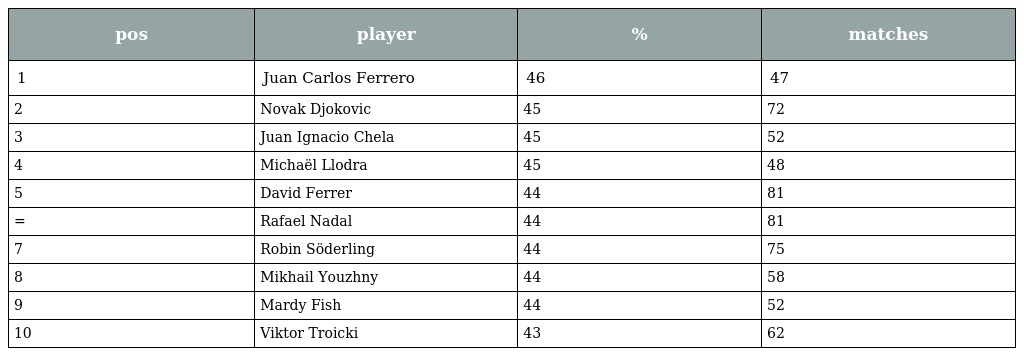
| pos | player | % | matches |
 | --- | --- | --- | --- |
 | 1 | Juan Carlos Ferrero | 46 | 47 |
 | 2 | Novak Djokovic | 45 | 72 |
 | 3 | Juan Ignacio Chela | 45 | 52 |
 | 4 | Michaël Llodra | 45 | 48 |
 | 5 | David Ferrer | 44 | 81 |
 | = | Rafael Nadal | 44 | 81 |
 | 7 | Robin Söderling | 44 | 75 |
 | 8 | Mikhail Youzhny | 44 | 58 |
 | 9 | Mardy Fish | 44 | 52 |
 | 10 | Viktor Troicki | 43 | 62 |